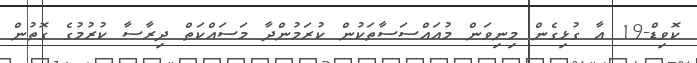
ކޮވިޑް-19 އާ ގުޅިގެން މިނިވަން މުއައްސަސާތަކުން ކުރަމުންދާ މަސައްކަތް ދިރާސާ ކުރުމުގެ ގޮތުން